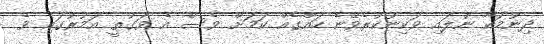
ދިނުމަކާ ނުލައި ވަކިނުކުރެވޭނެ ހައްގެއް ކަމަށް ވެސް އެ ވަގުތީ އަމުރުގައި ވެ